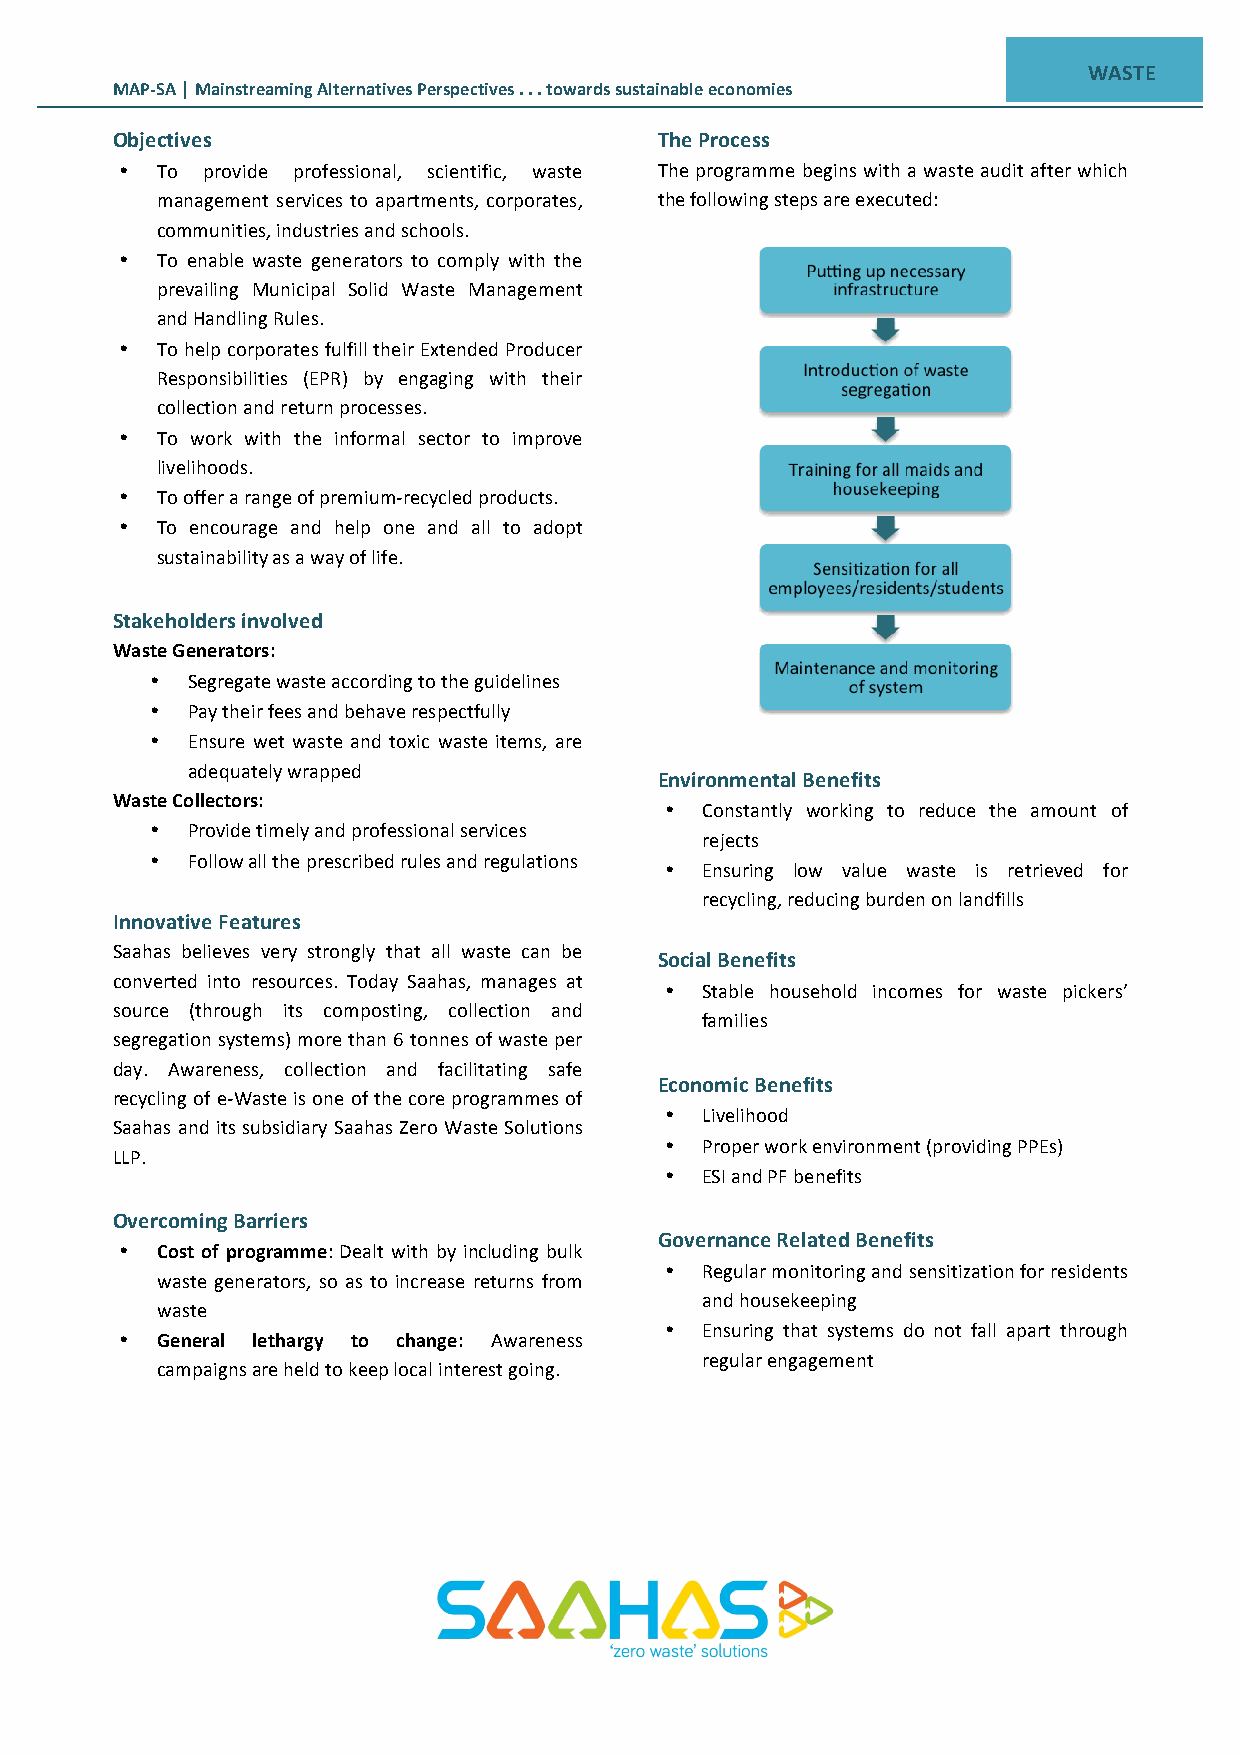
WASTE
 MAP-­‐SA | Mainstreaming Alternatives Perspectives . . . towards sustainable economies
 Objectives                           The Process
 • To provide professional, scientific, waste The programme begins with a waste audit after which
 management services to apartments, corporates, the following steps are executed:
 communities, industries and schools.
 • To enable waste generators to comply with the
 prevailing Municipal Solid Waste Management
 and Handling Rules.
 • To help corporates fulfill their Extended Producer
 Responsibilities (EPR) by engaging with their
 collection and return processes.
 • To work with the informal sector to improve
 livelihoods.
 • To offer a range of premium-­‐recycled products.
 • To encourage and help one and all to adopt
 sustainability as a way of life.
 Stakeholders involved
 Waste Generators:
 • Segregate waste according to the guidelines
 • Pay their fees and behave respectfully
 • Ensure wet waste and toxic waste items, are
 adequately wrapped
 Environmental Benefits
 Waste Collectors:
 • Constantly working to reduce the amount of
 • Provide timely and professional services
 rejects
 • Follow all the prescribed rules and regulations
 • Ensuring low value waste is retrieved for
 recycling, reducing burden on landfills
 Innovative Features
 Saahas believes very strongly that all waste can be
 Social Benefits
 converted into resources. Today Saahas, manages at
 • Stable household incomes for waste pickers’
 source (through its composting, collection and
 families
 segregation systems) more than 6 tonnes of waste per
 day. Awareness, collection and facilitating safe
 Economic Benefits
 recycling of e-­‐Waste is one of the core programmes of
 • Livelihood
 Saahas and its subsidiary Saahas Zero Waste Solutions
 • Proper work environment (providing PPEs)
 LLP.
 • ESI and PF benefits
 Overcoming Barriers
 Governance Related Benefits
 • Cost of programme: Dealt with by including bulk
 • Regular monitoring and sensitization for residents
 waste generators, so as to increase returns from
 and housekeeping
 waste
 • Ensuring that systems do not fall apart through
 • General lethargy to change: Awareness
 regular engagement
 campaigns are held to keep local interest going.